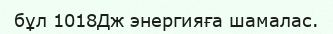
бұл 1018Дж энергияға шамалас.